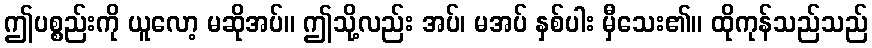
ဤပစ္စည်းကို ယူလော့ မဆိုအပ်။ ဤသို့လည်း အပ်၊ မအပ် နှစ်ပါး မှီသေး၏။ ထိုကုန်သည်သည်